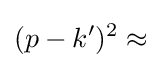
(p-k')^{2}\approx